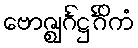
ဗောဇ္ဈင်္ဂဋ္ဌင်္ဂိကံ